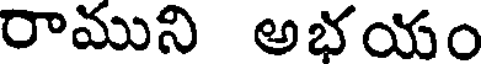
రాముని అభయం